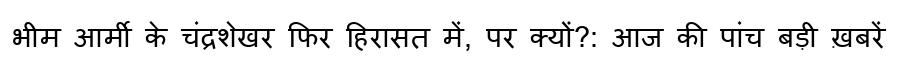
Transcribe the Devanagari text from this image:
भीम आर्मी के चंद्रशेखर फिर हिरासत में, पर क्यों?: आज की पांच बड़ी ख़बरें